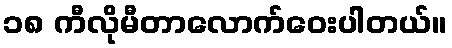
၁၈ ကီလိုမီတာလောက်ဝေးပါတယ်။